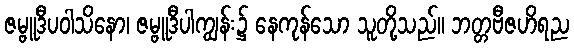
ဇမ္ဗူဒီပဝါသိနော၊ ဇမ္ဗူဒီပါကျွန်း၌ နေကုန်သော သူတို့သည်။ ဘတ္တဗီဇဟိရည